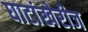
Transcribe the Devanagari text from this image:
घाटांखेरीज